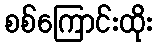
စစ်ကြောင်းထိုး